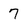
Character: 7